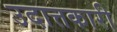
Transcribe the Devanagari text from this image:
उदात्तकारी